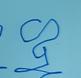
Signature authenticity: forged